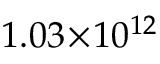
1 . 0 3 \! \times \! 1 0 ^ { 1 2 }